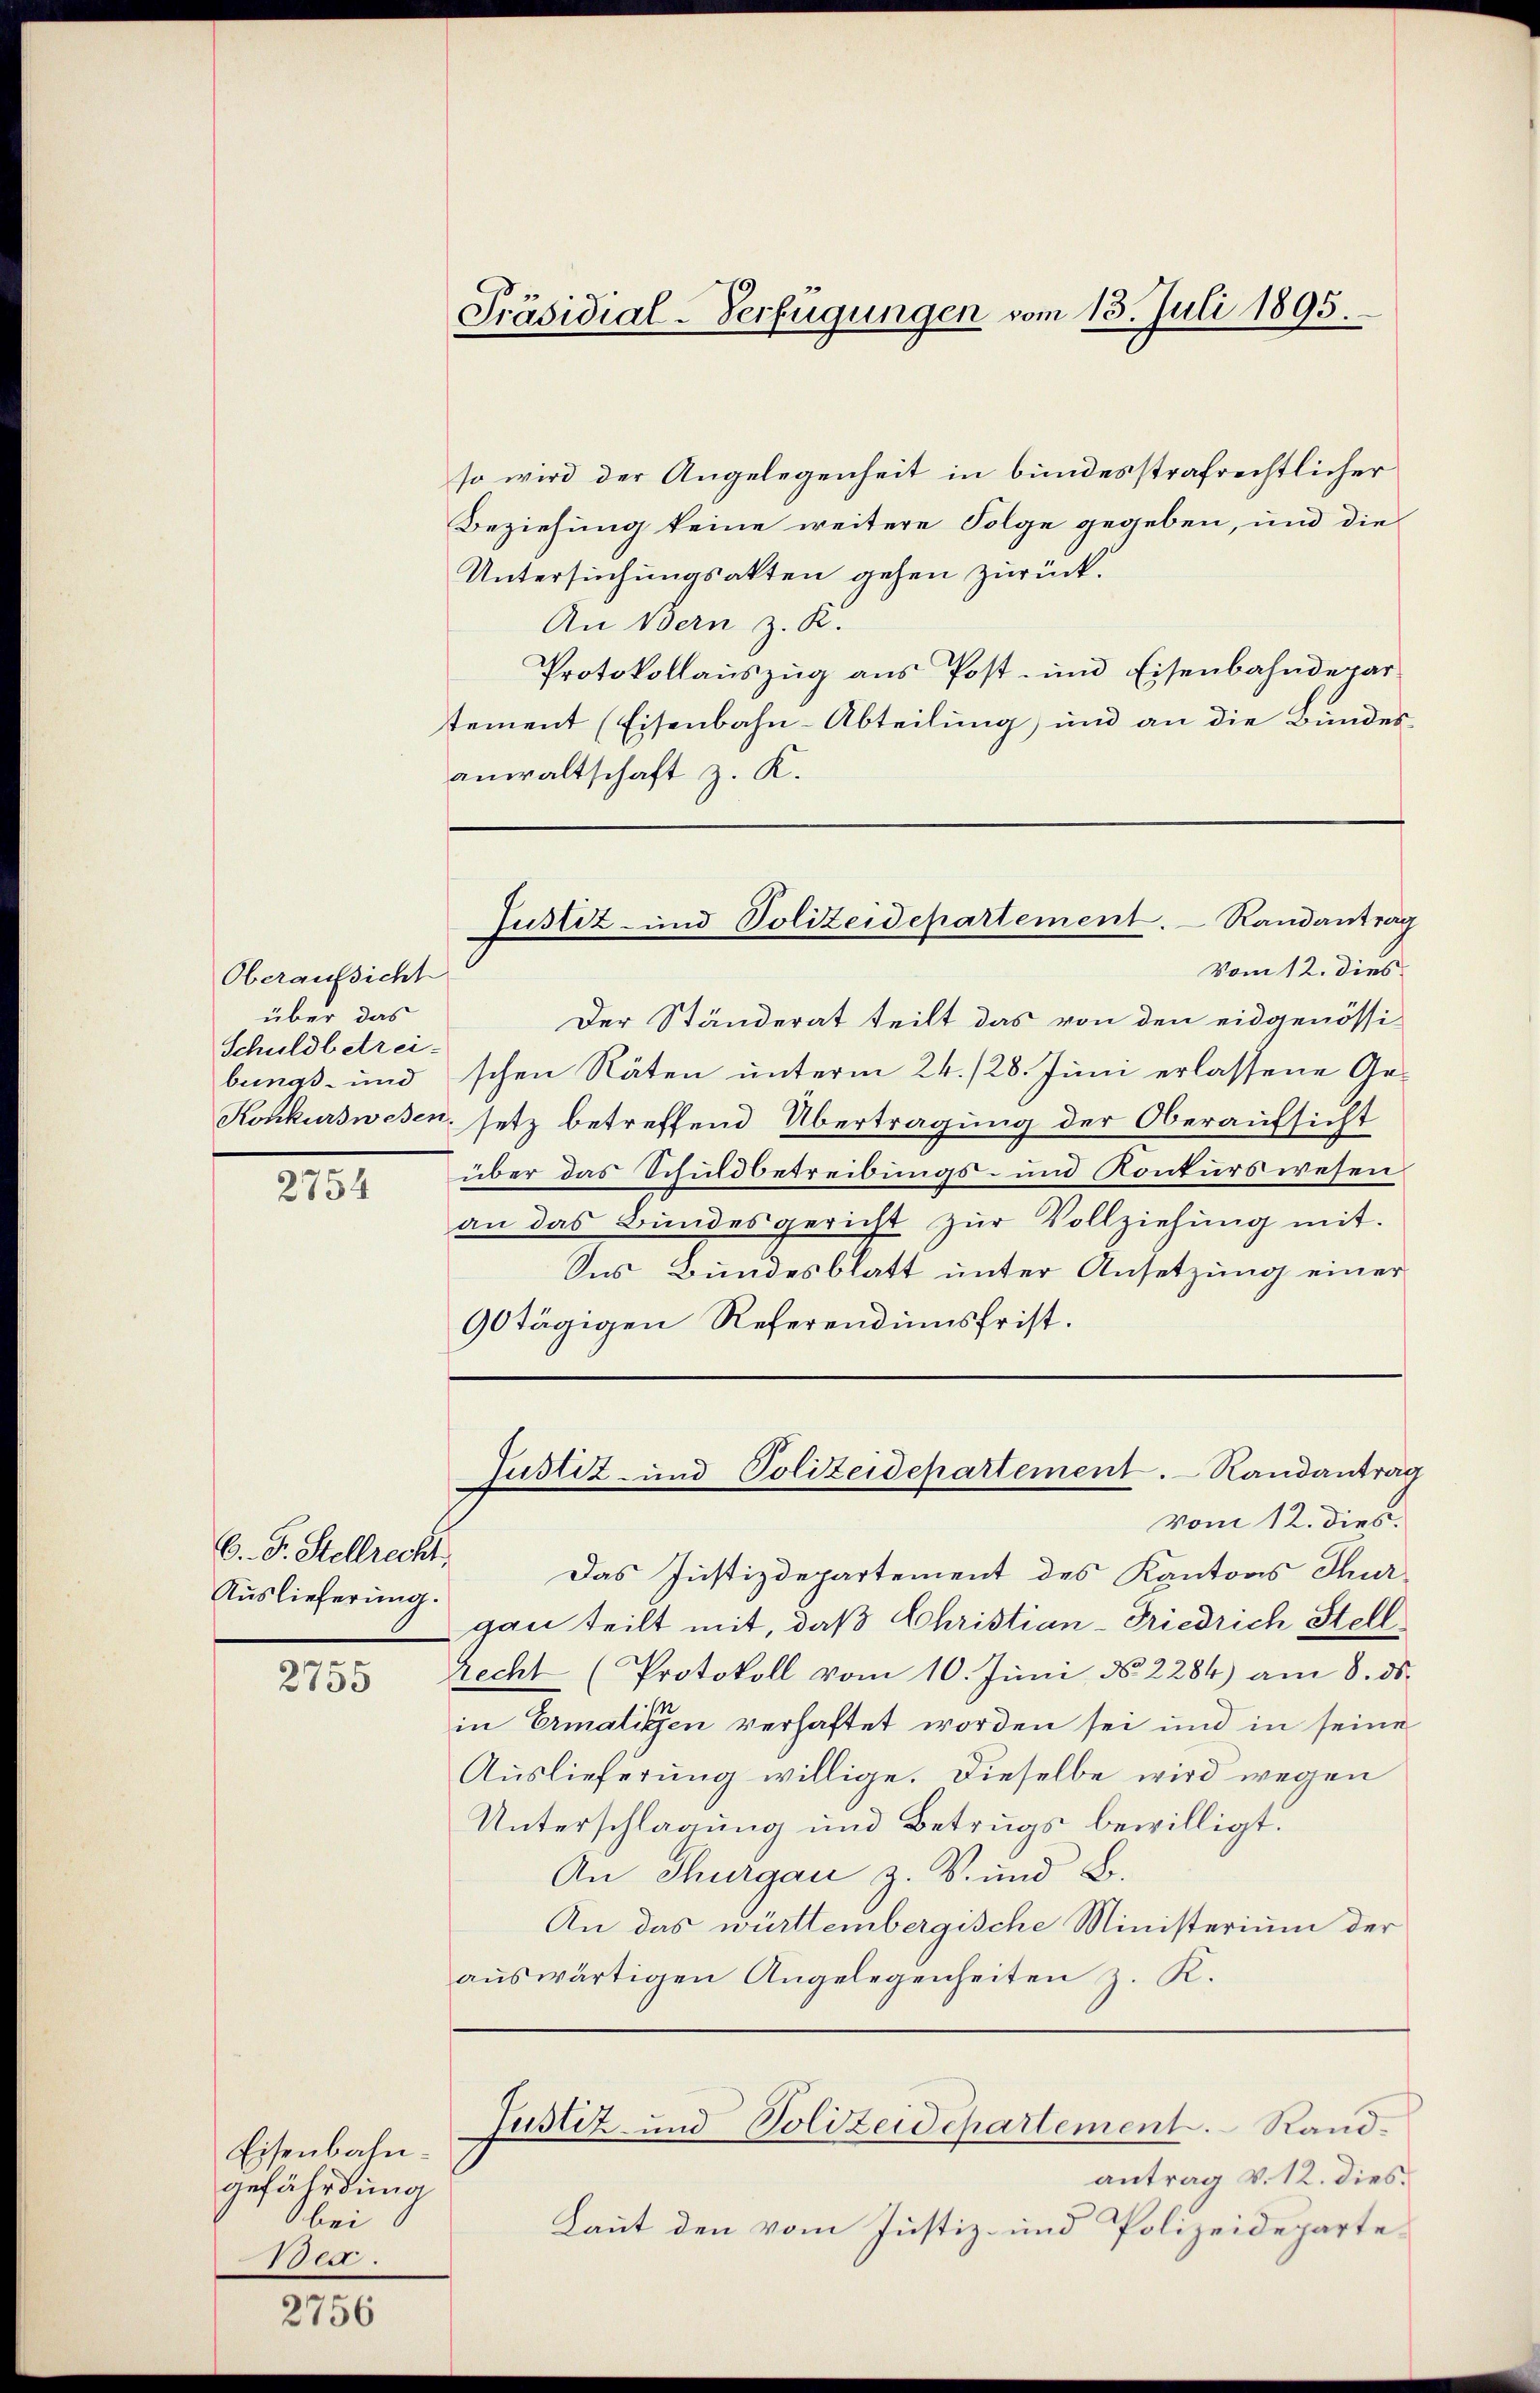
Oberaufsicht
über das
Schuldbetreibemas- und

2754

6. Fr. Stellrecht.
Auslieferung.

2755

Eisenbahngefährdung
bei
oen.

2756

Präsidial-Verfügungen vom 13. Juli 1895.

so wird der Angelegenheit in bundesstrafrechtlicher
Beziehung keine weitere Folge gegeben, und die
Untersuchungsakten gehen zurück.
An Bern z. R.
Protokollauszug aus Post- und Eisenbahndepartement (Eisenbahn-Abteilung) und an die Bundesanwaltschaft z. K.
Vom 12. dies
Der Ständerat teilt das von den eidgenössi-
schen Räten unterm 24. 128. Juni erlassene Ge¬
Konkurswesen, setz betreffend Übertragung der Oberaufsicht
über das Schuldbetreibungs- und Konkurs wesen
an das Bundesgericht zŭr Vollziehŭng mit.
Ses Bundesblatt unter Ansetzung einer
90tägigen Referendumsfrist.
Justiz- und Polizeidepartement. Randantrag
vom 12. dieß.
Das Justizdepartement des Kantons Thurgau teilt mit, daß Christian-Friedrich Stell
Recht (Protokoll vom 10. Juni No 2284) am 8. ds.
in Ermatiken verhaftet worden sei und in seine
Auslieferung willige. Dieselbe wird wegen
Unterschlagung und Betrugs bewilligt.
An Thurgau z. B. und B.
An das württembergische Ministerium der
aŭswärtigen Angelegenheiten z. K.

Justiz- und Polizeidepartement. Randantrag

Justiz- und Polizeidepartement. Rand¬

antrag v. 12. dies
Laut den vom Justiz- und Polizeideparte¬